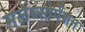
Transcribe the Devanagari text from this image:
मलेब्सोर्पशन